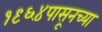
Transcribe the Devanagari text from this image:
१९६४पासूनच्या